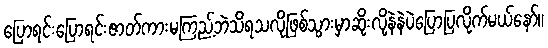
ပြောရင်းပြောရင်းဇာတ်ကားမကြည့်ဘဲသိရသလိုဖြစ်သွားမှာဆိုးလို့နဲနဲပဲပြောပြလိုက်မယ်နော်။